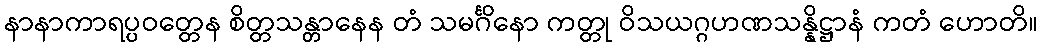
နာနာကာရပ္ပဝတ္တေန စိတ္တသန္တာနေန တံ သမင်္ဂိနော ကတ္တု ဝိသယဂ္ဂဟဏသန္နိဋ္ဌာနံ ကတံ ဟောတိ။